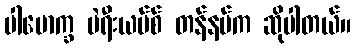
ပါမောက္ခ မဲရီးယပ်စ် တန်နမ်က ဆိုပါတယ်။